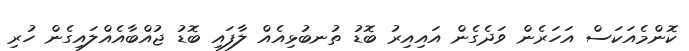
ކޮންމެއަކަސް އަހަރެން ވަދެގެން އައިއިރު ބޮޑު ތުނބުޅިއެއް ލާފައި ބޮޑު ޖުއްބާއެއްލައިގެން ހުރި